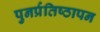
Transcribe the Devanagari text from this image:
पुनर्प्रतिष्ठापन